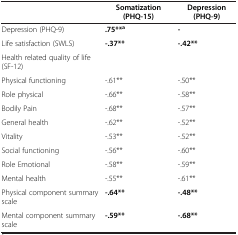
|  | Somatization (PHQ-15) | Depression (PHQ-9) |
 | --- | --- | --- |
 | Depression (PHQ-9) | .75**a | - |
 | Life satisfaction (SWLS) | -.37** | -.42** |
 | Health related quality of life (SF-12) |  |  |
 | Physical functioning | -.61** | -.50** |
 | Role physical | -.66** | -.58** |
 | Bodily Pain | -.68** | -.57** |
 | General health | -.62** | -.52** |
 | Vitality | -.53** | -.52** |
 | Social functioning | -.56** | -.60** |
 | Role Emotional | -.58** | -.59** |
 | Mental health | -.55** | -.61** |
 | Physical component summary scale | -.64** | -.48** |
 | Mental component summary scale | -.59** | -.68** |